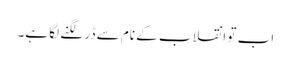
اب تو انقلاب کے نام سے ڈر لگنے لگا ہے۔